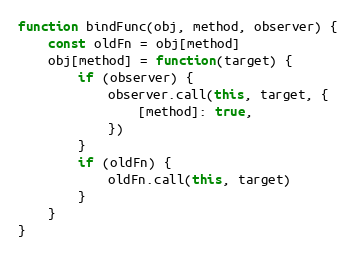
Language: JavaScript
function bindFunc(obj, method, observer) {
    const oldFn = obj[method]
    obj[method] = function(target) {
        if (observer) {
            observer.call(this, target, {
                [method]: true,
            })
        }
        if (oldFn) {
            oldFn.call(this, target)
        }
    }
}